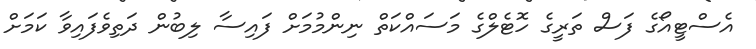
އެސްޓީއޯގެ ފަސް ތަރީގެ ހޮޓެލްގެ މަސައްކަތް ނިންމުމަށް ފައިސާ ލިބުން ދަތިވެފައިވާ ކަމަށް